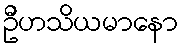
ဦဟသိယမာနော